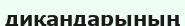
диқандарының